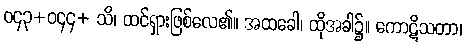
ဝ၄၃+ဝ၄၄+ သိ၊ ထင်ရှားဖြစ်လေ၏။ အထခေါ၊ ထိုအခါ၌။ ကောဋိသတာ၊